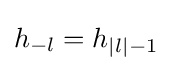
h_{-l}=h_{|l|-1}